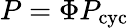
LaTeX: P=\Phi P_{\mathrm{cyc}}